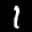
Label: 1